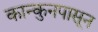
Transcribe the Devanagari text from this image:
कान्कुनपासून